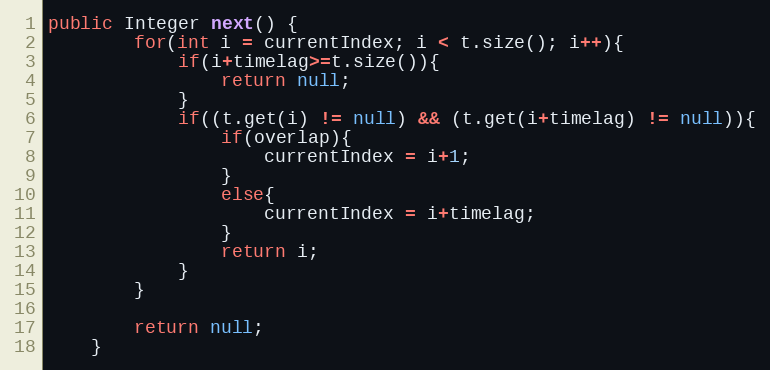
Language: Java
public Integer next() {
		for(int i = currentIndex; i < t.size(); i++){
			if(i+timelag>=t.size()){
				return null;
			}
			if((t.get(i) != null) && (t.get(i+timelag) != null)){
				if(overlap){
					currentIndex = i+1;
				}
				else{
					currentIndex = i+timelag;
				}
				return i;
			}
		}

		return null;
	}